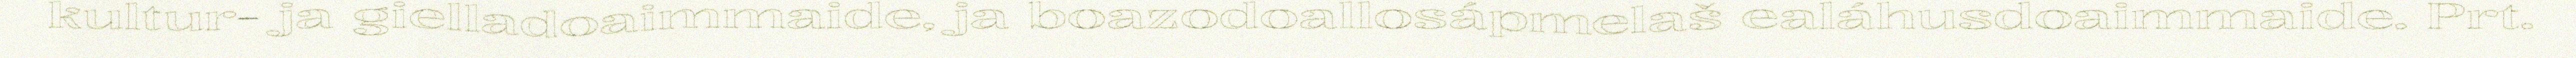
kultur- ja gielladoaimmaide, ja boazodoallosápmelaš ealáhusdoaimmaide. Prt.